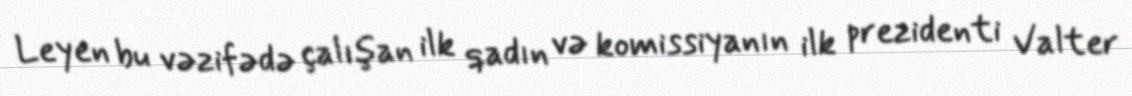
Leyen bu vəzifədə çalışan ilk qadın və komissiyanın ilk prezidenti Valter